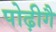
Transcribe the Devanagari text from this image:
पोढ़ीगै